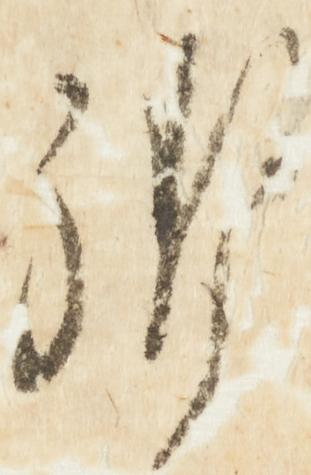
御